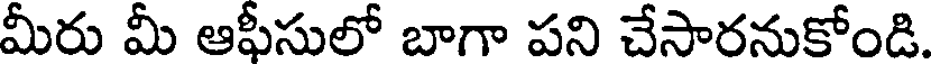
మీరు మీ ఆఫీసులో బాగా పని చేసారనుకోండి.